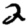
Digit: 2